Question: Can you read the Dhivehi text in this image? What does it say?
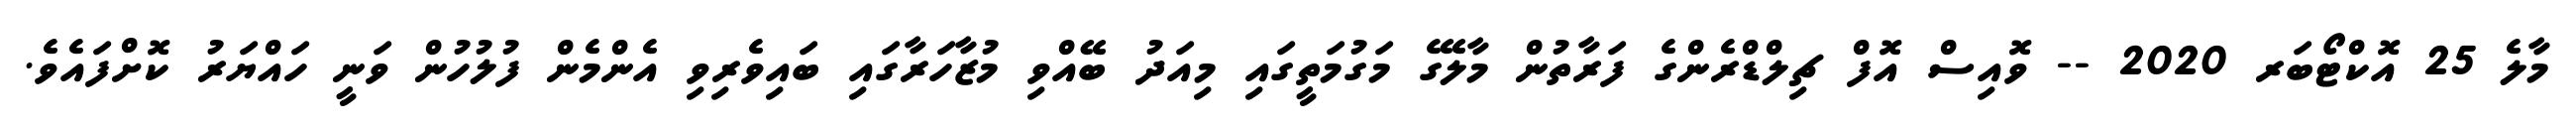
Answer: މާލެ 25 އޮކްޓޯބަރ 2020 -- ވޮއިސް އޮފް ޗިލްޑްރެންގެ ފަރާތުން މާލޭގެ މަގުމަތީގައި މިއަދު ބޭއްވި މުޒާހަރާގައި ބައިވެރިވި އެންމެން ފުލުހުން ވަނީ ހައްޔަރު ކޮށްފައެވެ.